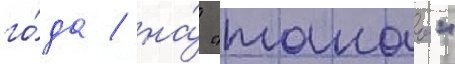
го́да / на́ "такао"